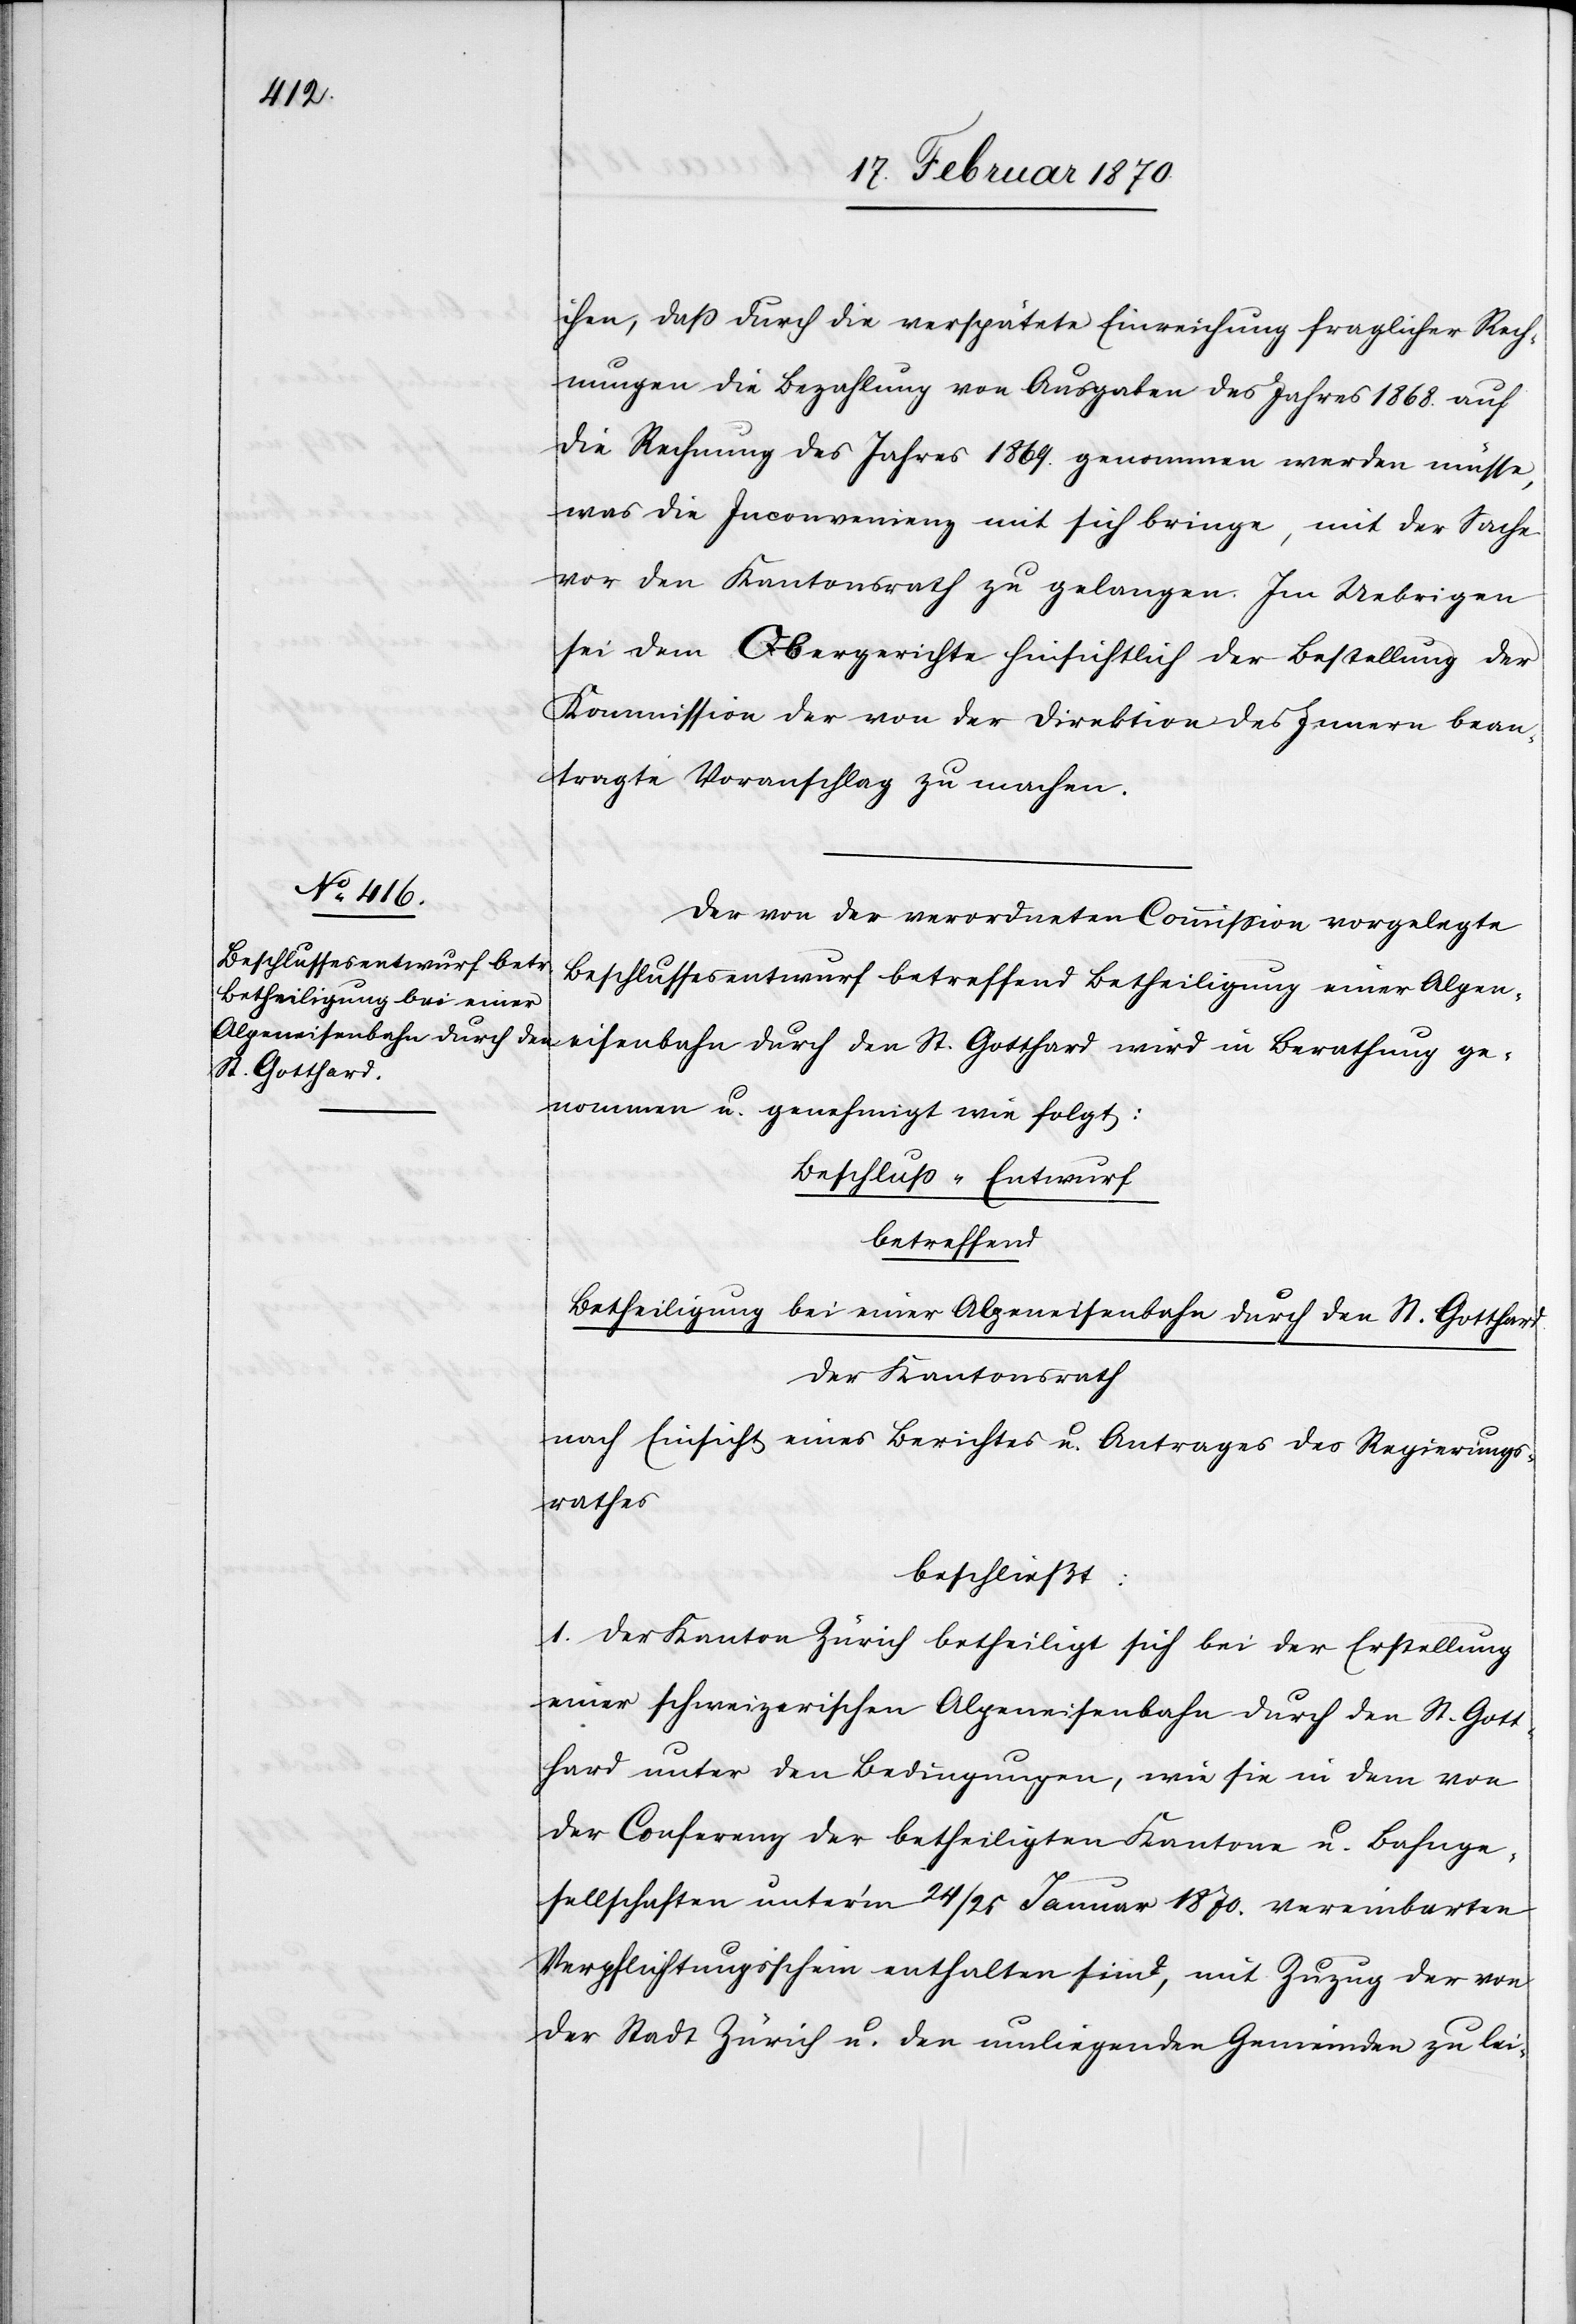
chen, dass durch die verspätete Einreichung fraglicher Rech¬
nung die Bezahlung von Ausgaben des Jahres 1868. auf
die Rechnung des Jahres 1869. genommen werden müsse,
was die Inconvenienz mit sich bringe, mit der Sache
vor den Kantonsrath zu gelangen. Im Uebrigen
sei dem Obergerichte hinsichtlich der Bestellung der
Kommission der von der Direktion des Innern bean¬
tragte Voranschlag zu machen.
Der von der verordneten Commision vorgelegte
Beschlussesentwurf betreffend Betheiligung einer Alpen¬
eisenbahn durch den St. Gotthard wird in Berathung ge¬
nommen u. genehmigt wie folgt:
Beschluss-Entwurf
betreffend
Betheiligung bei einer Alpeneisenbahn durch den St. Gotthard.
der Kantonsrath
nach Einsicht eines Berichtes u. Antrages des Regierungs¬
rathes
beschließt:
1. Der Kanton Zürich betheiligt sich bei der Erstellung
einer schweizerischen Alpeneisenbahn durch den St. Gott¬
hard unter den Bedingungen, wie sie in dem von
der Conferenz der betheiligten Kantone u. Bahnge¬
sellschaften unter'm 24/25 Januar 1870. vereinbarten
Verpflichtungsschein enthalten sind, mit Zuzug der von
der Stadt Zürich u .den umliegenden Gemeinden zu lei-